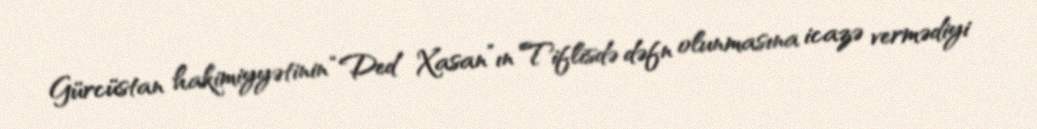
Gürcüstan hakimiyyətinin “Ded Xasan”ın Tiflisdə dəfn olunmasına icazə vermədiyi